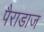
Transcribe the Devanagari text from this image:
पैराडाज